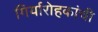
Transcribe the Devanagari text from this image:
गिर्यारोहकांची